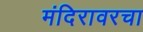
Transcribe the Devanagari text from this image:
मंदिरावरचा